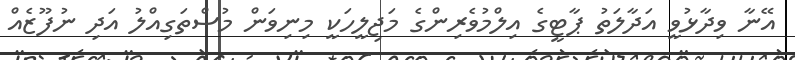
އޭނާ ވިދާޅުވީ އަދާލަތު ޕާޓީގެ އިލްމުވެރިންގެ މަޖިލީހަކީ މިނިވަން މުސްތަގިއްލު އަދި ނުފޫޒެއް